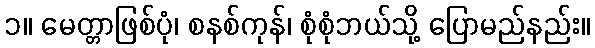
၁။ မေတ္တာဖြစ်ပုံ၊ စနစ်ကုန်၊ စုံစုံဘယ်သို့ ပြောမည်နည်း။